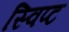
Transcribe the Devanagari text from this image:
स्विप्ट